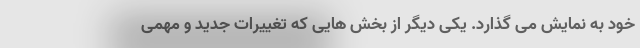
خود به نمایش می گذارد. یکی دیگر از بخش هایی که تغییرات جدید و مهمی